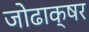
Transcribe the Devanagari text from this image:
जोढाक्षर